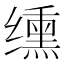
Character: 𫄸